Liigvalla_vallavalitsus, lk 63
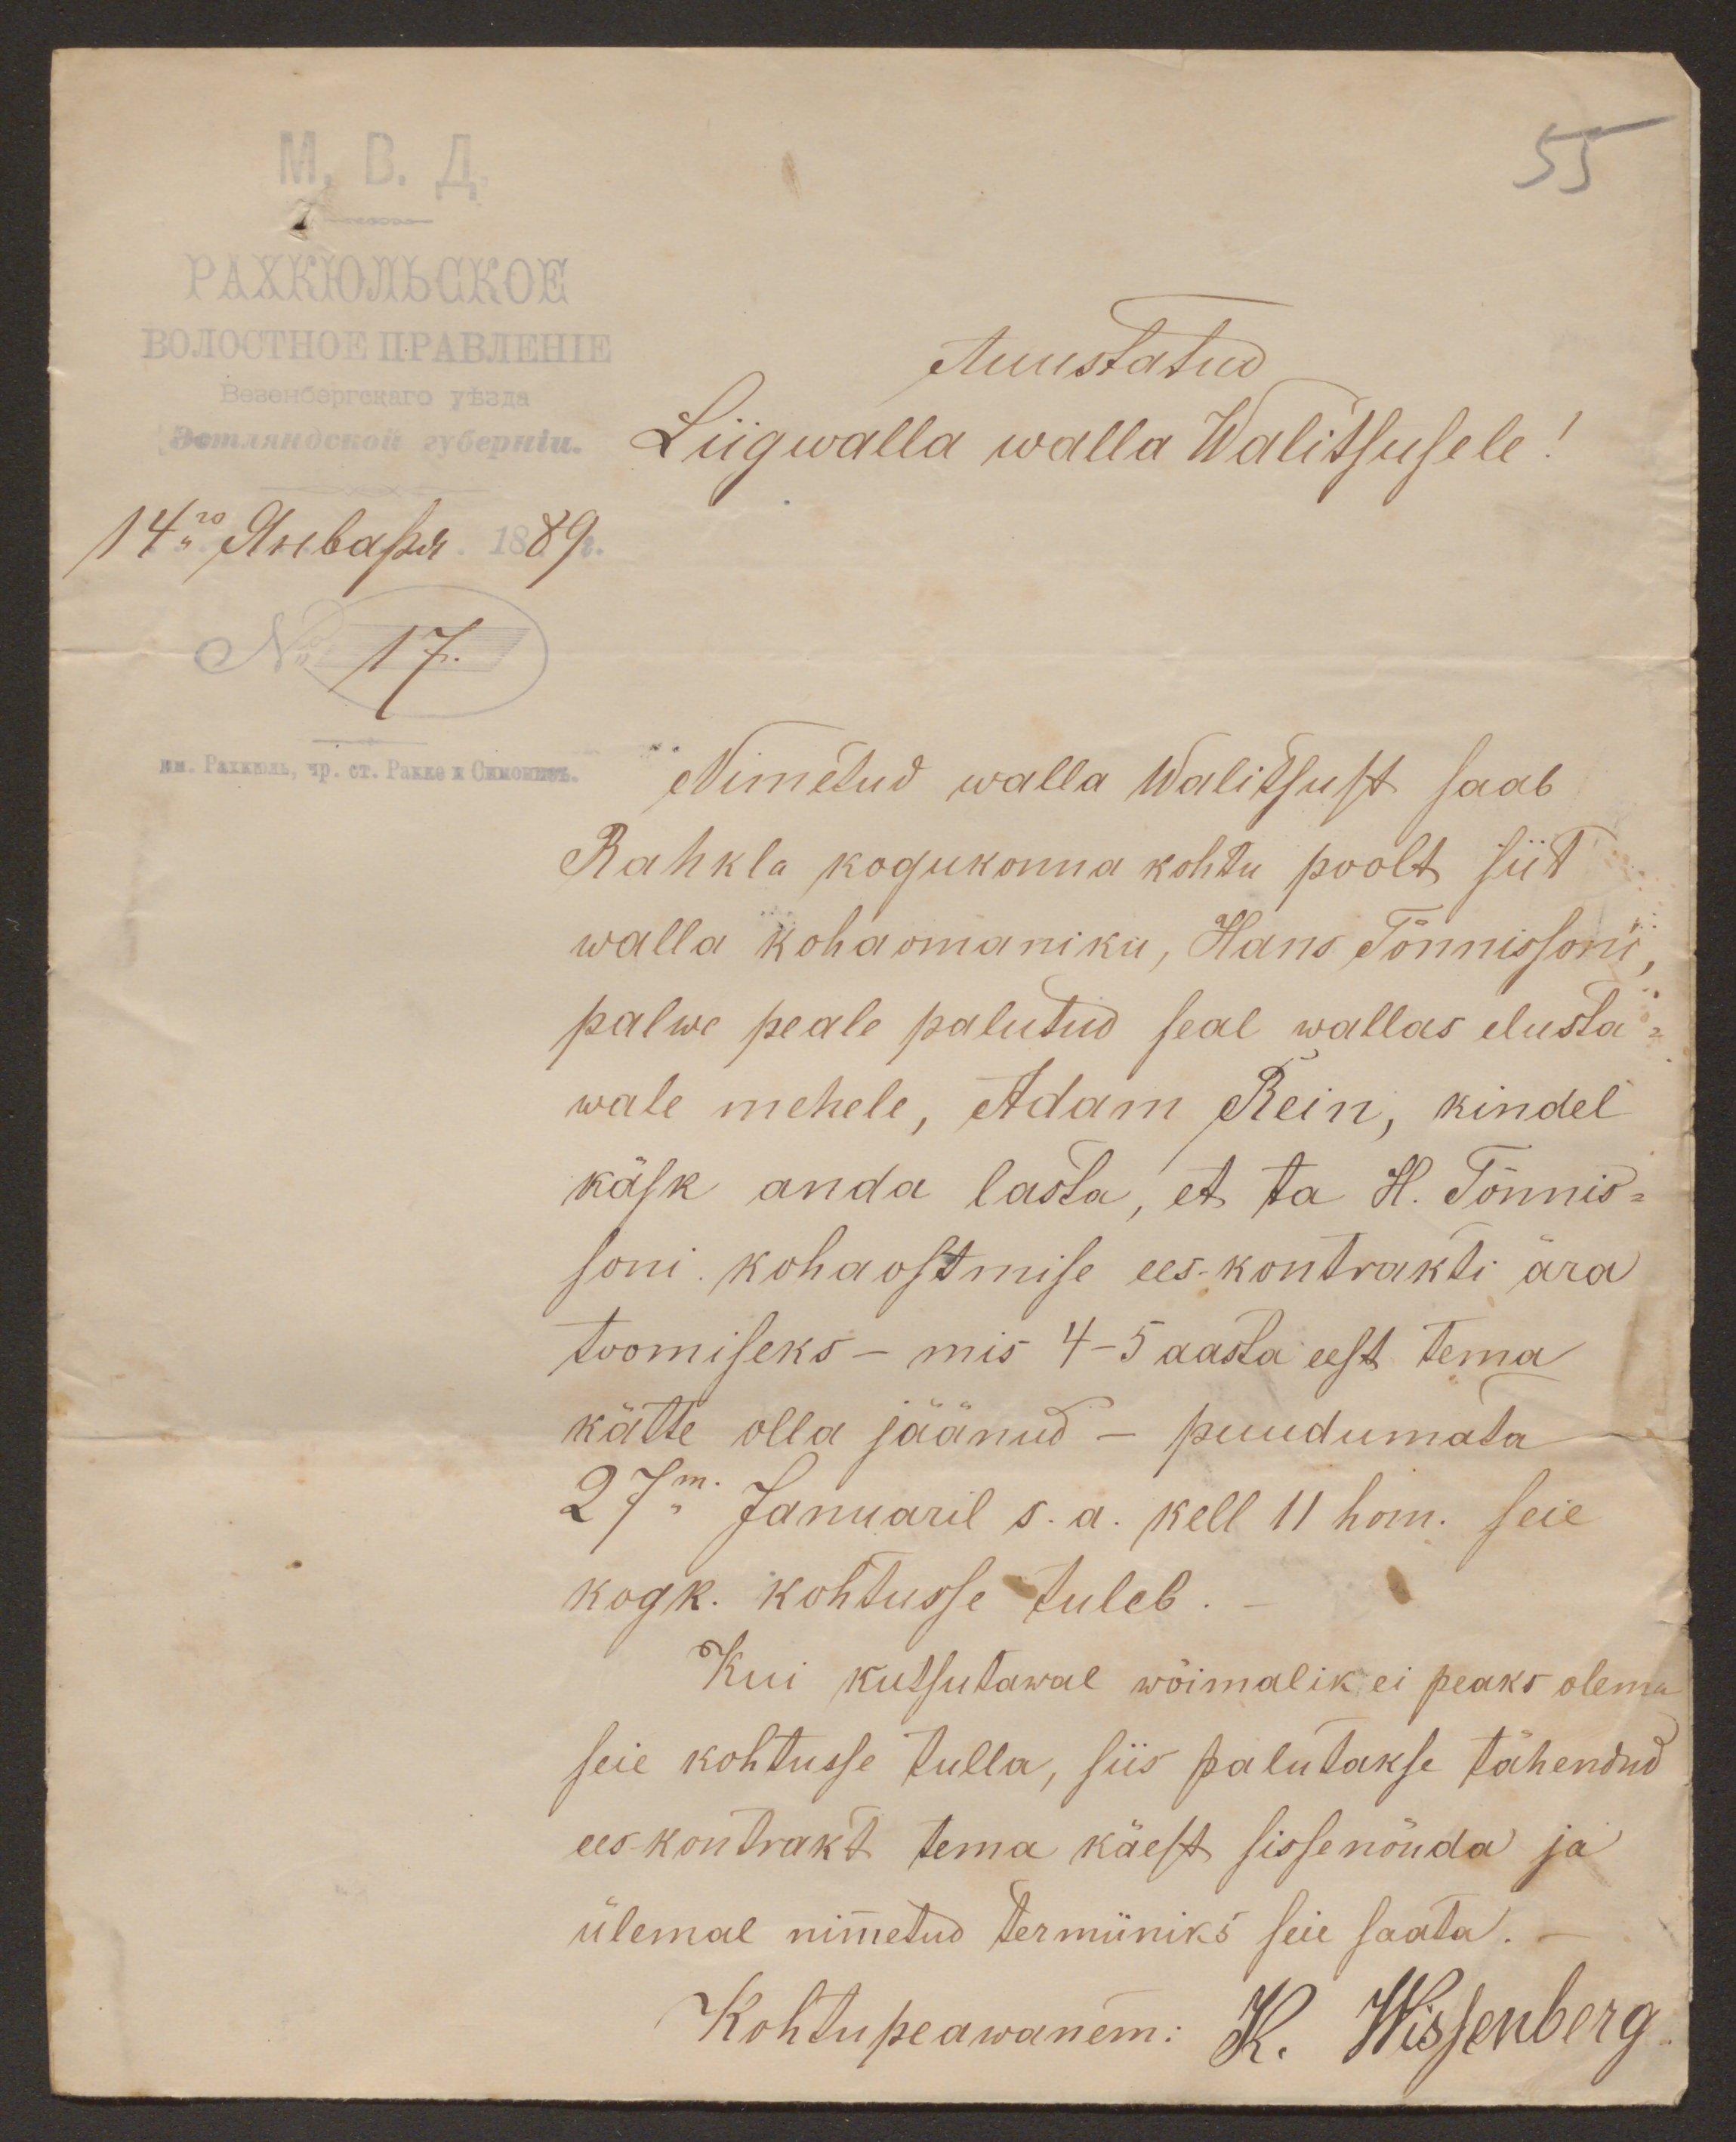
55

Auustatud
Liigwalla walla Walitsusele!
No 17.
Nimetud walla Walitsust saab
Rahkla kogukonna kohtu poolt siit
walla kohaomaniku, Hans Tõnnissoni,
palwe peale palutud seal wallas elusta-
wale mehele, Adam Rein, kindel
käsk anda lasta, et ta H. Tõnnis-
soni kohaostmise ees-kontrakti ära
toomiseks - mis 4-5 aasta eest tema
kätte olla jäänud - puudumata
27m. Januaril s. a. kell 11 hom. seie
kogk. kohtusse tuleb.
Kui kutsutawal wõimalik ei peaks olema
seie kohtusse tulla, siis palutakse tähendud
ees-kontrakt tema käest sissenõuda ja
ülemal nimetud termiiniks seie saata.
Kohtupeawanem: K. Wissenberg